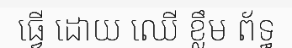
ធ្វើ ដោយ ឈើ ខ្លឹម ព័ទ្ធ